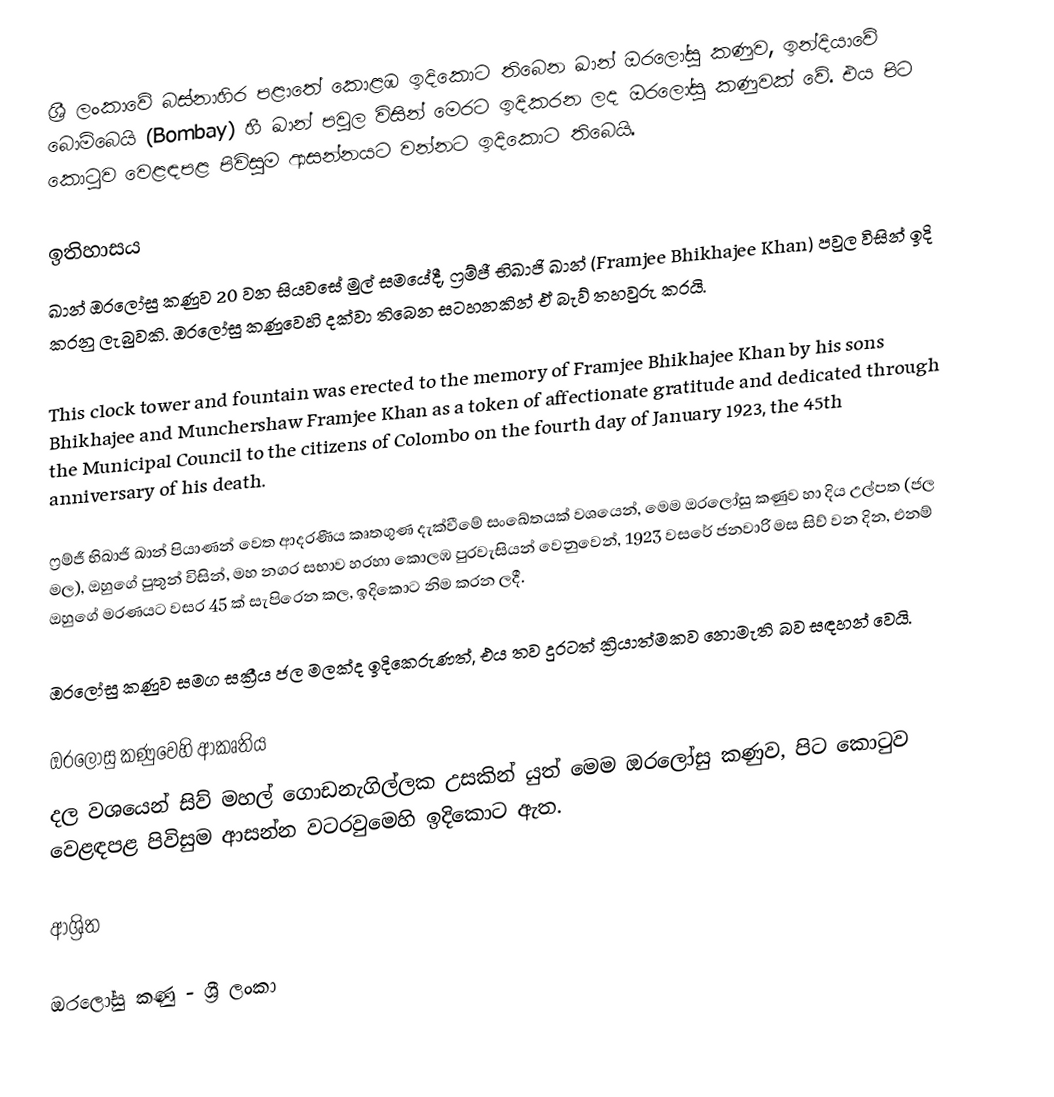
ශ්‍රී ලංකාවේ බස්නාහිර පළාතේ කොළඹ ඉදිකොට තිබෙන ඛාන් ඔරලෝසු කණුව, ඉන්දියාවේ බොම්බෙයි (Bombay) හී ඛාන් පවුල විසින් මෙරට ඉදිකරන ලද ඔරලෝසු කණුවක් වේ. එය පිට කොටුව වෙළඳපළ පිවිසුම ආසන්නයට වන්නට ඉදිකොට තිබෙයි.

ඉතිහාසය
ඛාන් ඔරලෝසු කණුව 20 වන සියවසේ මුල් සමයේදී, ෆ්‍රම්ජී භිඛාජි ඛාන් (Framjee Bhikhajee Khan) පවුල විසින් ඉදි කරනු ලැබුවකි. ඔරලෝසු කණුවෙහි දක්වා තිබෙන සටහනකින් ඒ බැව් තහවුරු කරයි.

This clock tower and fountain was erected to the memory of Framjee Bhikhajee Khan by his sons Bhikhajee and Munchershaw Framjee Khan as a token of affectionate gratitude and dedicated through the Municipal Council to the citizens of Colombo on the fourth day of January 1923, the 45th anniversary of his death.

ෆ්‍රම්ජී භිඛාජි ඛාන් පියාණන් වෙත ආදරණීය කෘතගුණ දැක්වීමේ සංඛේතයක් වශයෙන්, මෙම ඔරලෝසු කණුව හා දිය උල්පත (ජල මල), ඔහුගේ පුතුන් විසින්, මහ නගර සභාව හරහා කොලඹ පුරවැසියන් වෙනුවෙන්, 1923 වසරේ ජනවාරි මස සිව් වන දින, එනම් ඔහුගේ මරණයට වසර 45 ක් සැපිරෙන කල, ඉදිකොට නිම කරන ලදී.

ඔරලෝසු කණුව සමග සක්‍රීය ජල මලක්ද ඉදිකෙරුණත්, එය තව දුරටත් ක්‍රියාත්මකව නොමැති බව සඳහන් වෙයි.

ඔරලෝසු කණුවෙහි ආකෘතිය
දල වශයෙන් සිව් මහල් ගොඩනැගිල්ලක උසකින් යුත් මෙම ඔරලෝසු කණුව, පිට කොටුව වෙළඳපළ පිවිසුම ආසන්න වටරවුමෙහි ඉදිකොට ඇත.

ආශ්‍රිත

ඔරලෝසු කණු - ශ්‍රී ලංකා